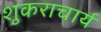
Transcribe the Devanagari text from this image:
शुकराचार्य